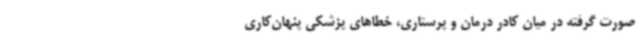
صورت گرفته در میان کادر درمان و پرستاری، خطاهای پزشکی پنهان‌کاری